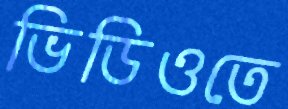
ভিডিওতে